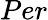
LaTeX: Per